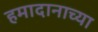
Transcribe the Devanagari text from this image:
हमादानाच्या